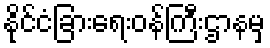
နိုင်ငံခြားရေးဝန်ကြီးဌာနမှ